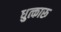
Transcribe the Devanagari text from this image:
धुत्कारू